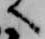
へ